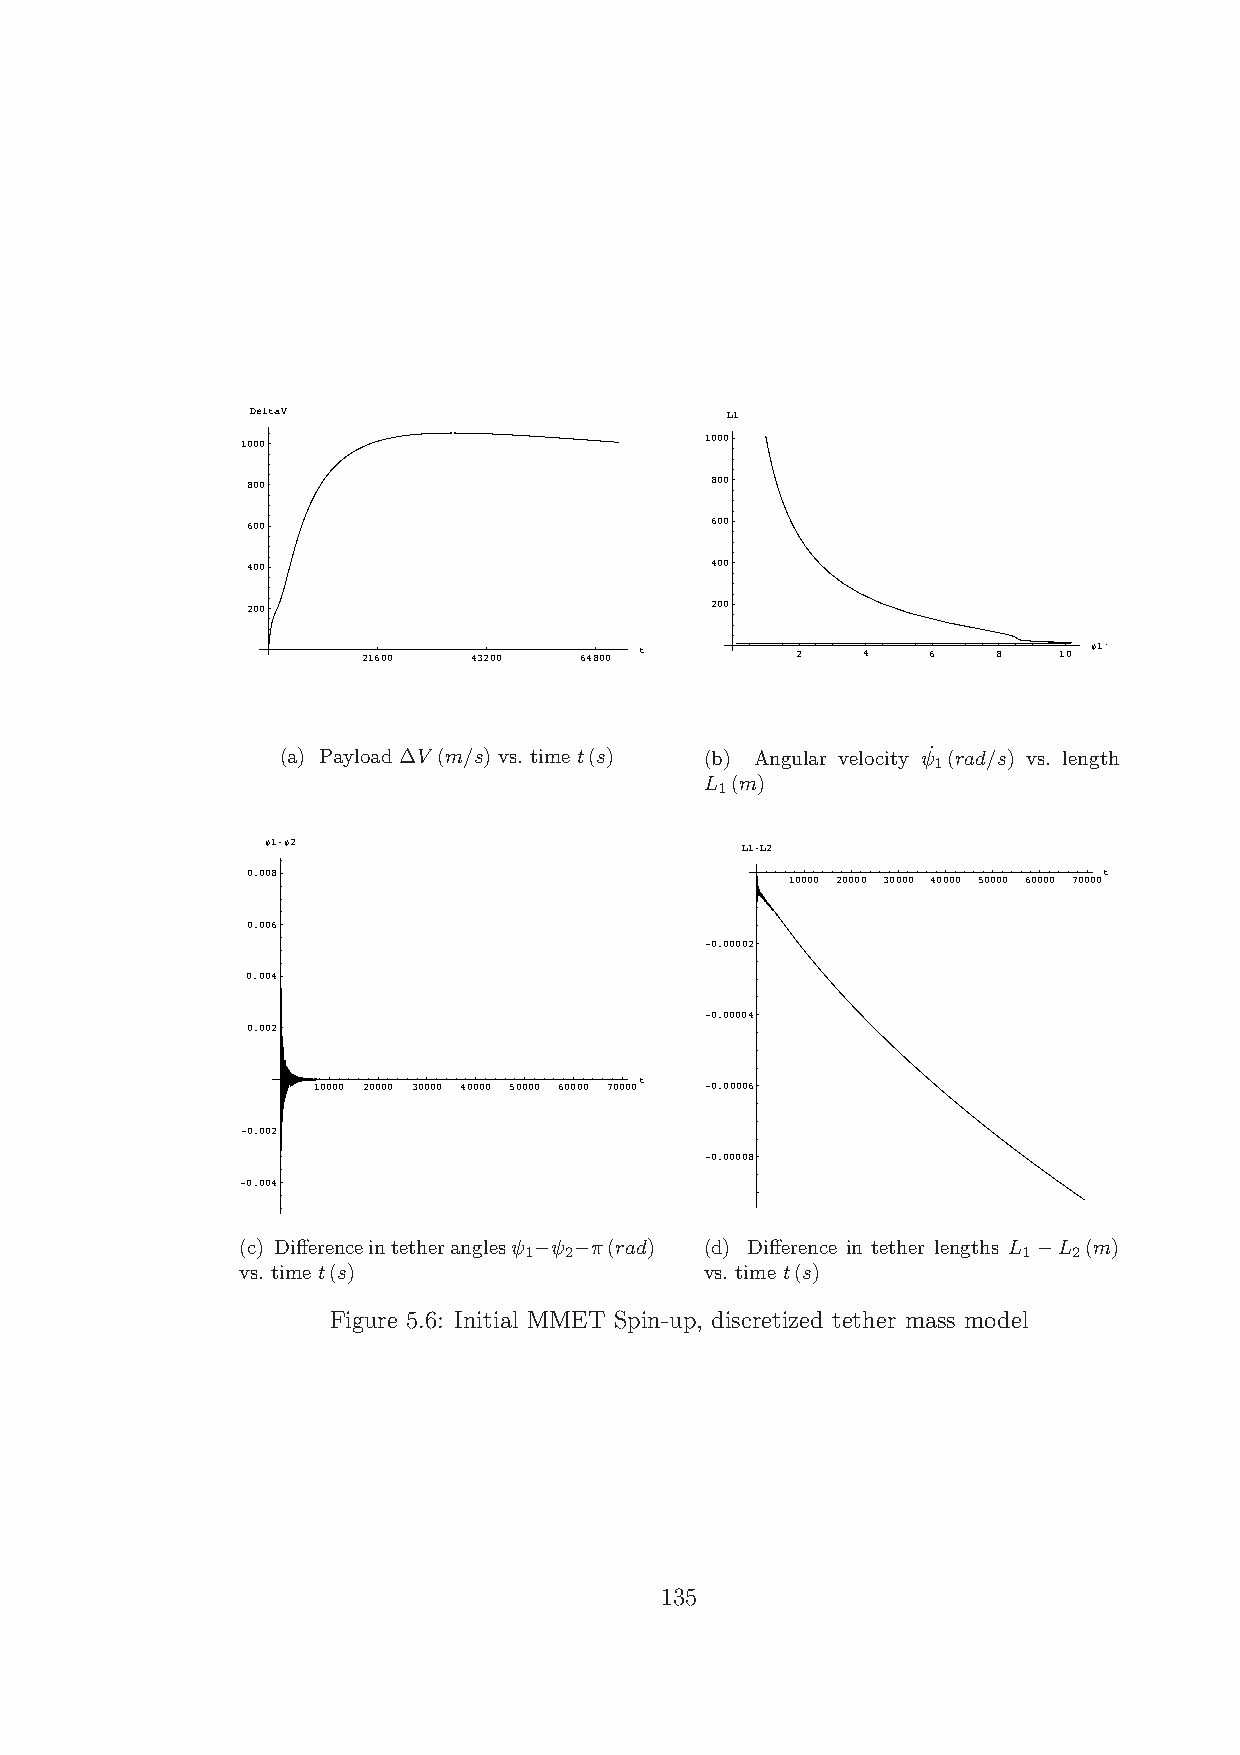
DeltaV                         L1
 1000                           1000
 800                            800
 600                            600
 400                            400
 200                            200
 21600  43200  64800 t        2   4    6   8   10 Ψ1'
 (a) Payload∆V (m/s) vs. time t(s) (b) Angular velocity ψ˙ (rad/s) vs. length
 1
 L (m)
 1
 Ψ1-Ψ2                          L1-L2
 0.008                                                    t
 10000 20000 30000 40000 50000 60000 70000
 0.006
 -0.00002
 0.004
 -0.00004
 0.002
 t
 10000 20000 30000 40000 50000 60000 70000 -0.00006
 -0.002
 -0.00008
 -0.004
 (c) Differenceintetheranglesψ ψ π(rad) (d) Difference in tether lengths L L (m)
 1 2                              1  2
 −  −                              −
 vs. time t(s)                  vs. time t(s)
 Figure 5.6: Initial MMET Spin-up, discretized tether mass model
 135